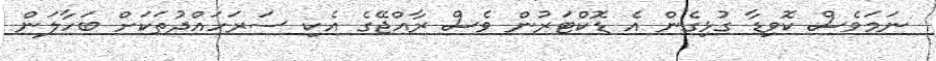
ނަމަވެސް ކޮވިޑާ ގުޅިގެން އެ ޑޮކްޓަރުން ވެސް ރާއްޖޭގެ އެކި ސަރަހައްދުތަކަަށް ބަހާލަން